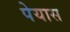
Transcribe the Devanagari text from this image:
पेयास